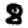
Digit: 8